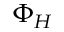
\Phi _ { H }